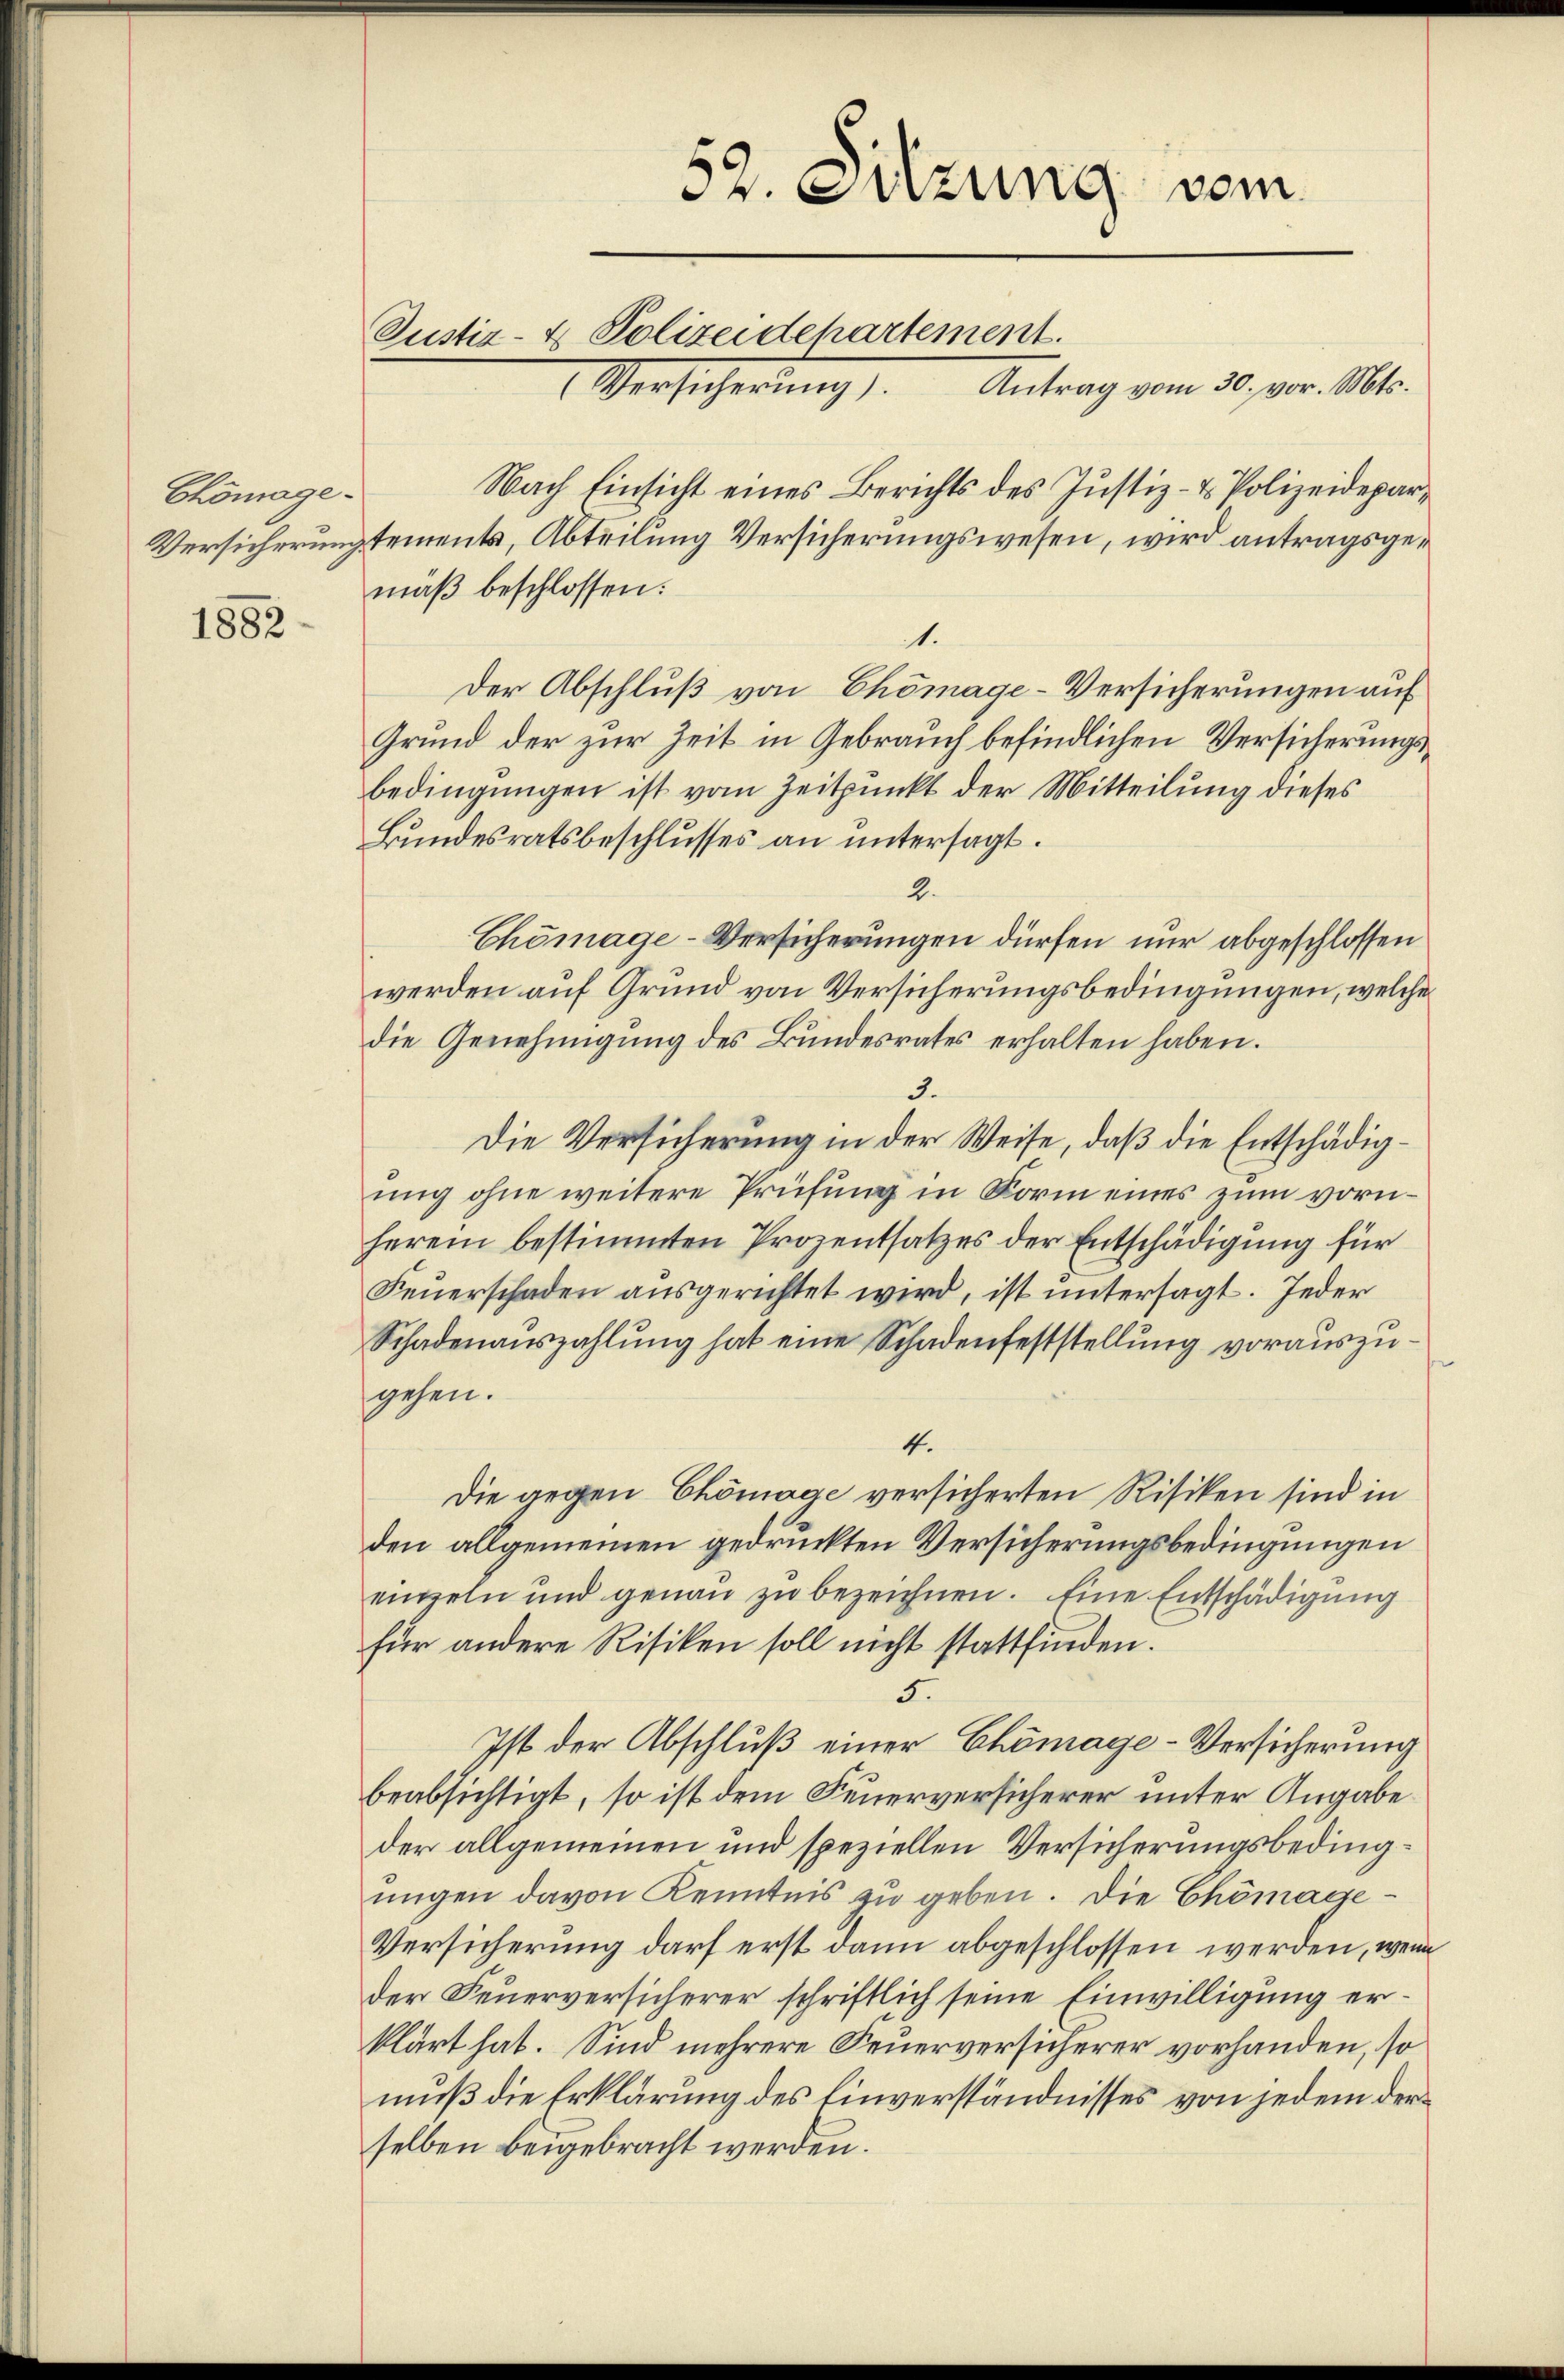
Chömage¬

1882

52. Sitzung vom
Justiz- & Polizeidehartement.
Versicherung). Antrag vom 30. vor. Mts.
Nach Einsicht eines Berichts des Justiz- & Polizeidepar¬
Versicherungstements, Abteilung Versicherungswesen, wird antragsge¬

mäß beschlossen:
1.
Der Abschluß von Chömage-Versicherungen auf
Grund der zur Zeit in Gebrauch befindlichen Versicherungsbedingungen ist vom Zeitpunkt der Mitteilung dieses
Bundesratsbeschlusses an untersagt.
2.
Chömage-Versicherungen dürfen nur abgeschlossen
werden auf Grund von Versicherungsbedingungen, welche
die Genehmigung des Bundesrates erhalten haben.
3.
Die Versicherung in der Weise, daß die Entschädigung ohne weitere Prüfung in Form eines zum vornherein bestimmten Prozentsatzes der Entschädigung für
Feŭerschaden ausgerichtet wird, ist untersagt. Jeder
Schadenauszahlung hat eine Schadenfeststellung vorauszugehen.
4.
Die gegen Chömage versicherten Risiken sind in
den allgemeinen gedruckten Versicherungsbedingungen
einzeln und genau zu bezeichnen. Eine Entschädigung
für andere Risiken soll nicht stattfinden.
5
Ist der Abschluß einer Chömage-Versicherung
beabsichtigt, so ist dem Feuerversicherer unter Angabe
der allgemeinen und speziellen Versicherungsbedingŭngen davon Kenntnis zu geben. Die Chömage¬
Versicherung darf erst dann abgeschlossen werden, wenn
der Feuerversicherer schriftlich seine Einwilligung erklärt hat. Sind mehrere Feuerversicherer vorhanden, so
muß die Erklärung des Einverständnisses von jedem derselben beigebracht werden.